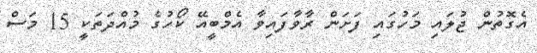
އެގޮތުން ޖުލައި މަހުގައި ފަށަން ރާވާފައިވާ އެމްބީއޭ ކޯހުގެ މުއްދަތަކީ 15 މަސް